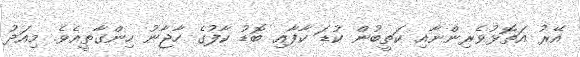
އޭރު އަތޮޅުވެރިންނާއި ކަތީބުން ކުޑަ ކާފާއި ބޮޑު ކާފުގެ ހާޖާނު ހިންގާތީއެވެ. މިއަދު